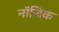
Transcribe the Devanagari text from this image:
नॉजिक